King Institute of Preventive Medicine Micro-Biological Section reports 1909-11
Year: 1909
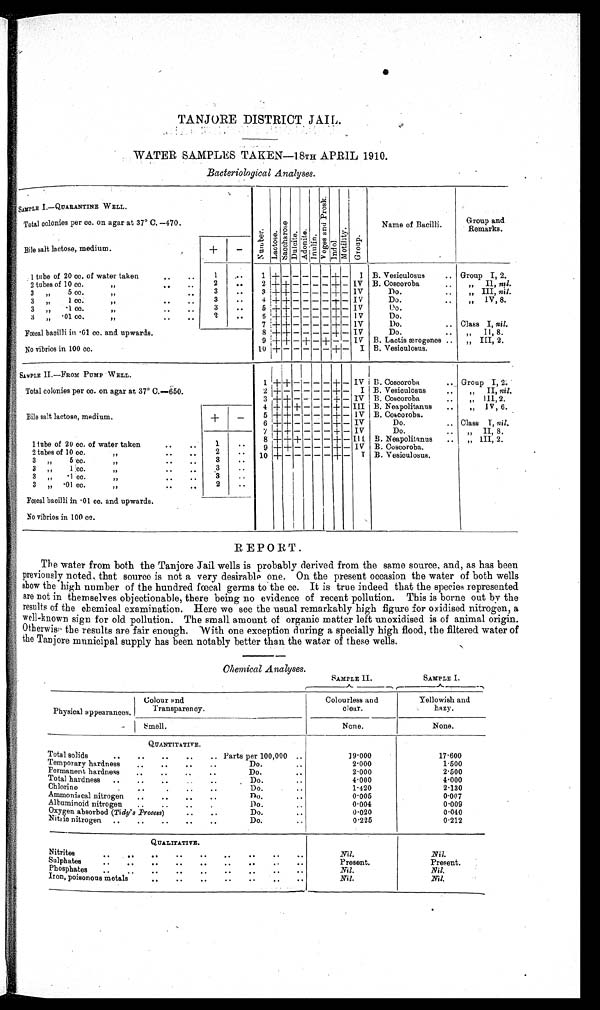
TANJORE DISTRICT JAIL.
WATER SAMPLES TAKEN—18TH APRIL 1910.
Bacteriolo gical Analyses.
SAMPLE I . —QUARANTI NE WELL.
Total colonies per co. on agar at 37° C. —470.
Bile salt lactose, medium.
Nu mb e r Lact ose.
S a c c h a r o s e
Dul ci t e.
Adoni l e .
I nul i n.
V o g e s a n d P r o s k .
Indol.
Mot i l i t y Gr oup.
Name of Bacilli.
Group and
Remarks.
+
–
1 tube of 20 cc. of water taken
1
..
1 +
+ –
I B. Vesioulosus
.. Group I, 2.
2 tubes of 10 cc. "
2
. .
2 + + - - - - + - IV B. Coscoroba
..
,, II nil
3 "
5 cc.c "
3
..
3 + + - - - - + - IV
Do.
..
III,
„
nil.
3 „
1 cc.
"
3
..
4 + + - - - - + - IV V
Do.
" IV, 8 .
3 ,,
" .1 cc. "
..
..
3
..
5 + + - - - - + - IV
D o .
3
" .01 cc. "
2
. .
5 +
+ - - IV
Do.
Fœcal bacilli in .01 cc. and upwards.
No vibrios in 100 cc.
7 + + - - - - + - 1V
Do.
.. Class I, nil.
8
++ - - - - + — IV
Do.
..
„ II, 8.
9 + + - + - + - - IV
B. Lactis ærogenes .. „ III, 2.
10 +
+ - I B. Vesioulosus.
SAMPLE II.—FROM PUMP WELL.
Total colonies per cc. on agar at 37° C.—650.
1 + -
- - + - IV
B. Cosooroba . .. Group I, 2
2 +
+ - I B. Vesiculosus
..
„ H, nil.
3 + + - - - + - IV B. Coscoroba
..
„ III, 2.
Bile salt lactose, medium.
+
-
4 +
+ - - + - III B. Neapolitanus
..
„ I V , 6.
5 + + - - - - + - IV B. Coscoroba.
6 ++ - - - - + - IV
Do.
.. Class T, nil.
1 tube of 20 cc. of water taken
. . . .
1
7 + + - - - - + - IV
Do.
..
„ II, 8.
8 + + + - - - + - IlI B. Neapolitanus
..
„ III, 2.
9 + + - - - - IV B. Coscoroba.
2 tubes of 10 cc.
"
. . . .
2
10 + -
- - - - I B. Vesiculosus.
3 ,, 5a u .
) )
3
3
1 :co
..
. . . .
.
" 3 " . 1 c c . "
..
..
3
..
3 „ .01 cc. "
-
..
2
..
Fœcal bacilli in .01 cc. and upwards.
No vibrios in 100 cc.
REPORT .
The water from both the Tanjore Jail wells is probably derived from the same source, and, as has been
previously noted, that source is not a very desirable one. On the present occasion the water of both wells
show the high number of the hundred fœcal germs to the cc. It is true indeed that the species represented
are not in themselves objectionable, there being no evidence of recent pollution. This is borne out by the
results of the chemical examination. Here we see the usual remarkably high figure for oxidised nitrogen, a
well-known sign for old pollution. The small amount of organic matter left unoxidised is of animal origin.
Otherwise the results are fair enough. With one exception during a specially high flood, the filtered water of
the Tanjore municipal supply has been notably better than the water of these wells.
Chemical Analyses.
SAMPLE II .
SAMPLE I.
Physical appearances.
Colour and
Transparency.
Colourless and
clear.
Yellowish and
hazy .
S m e l l .
None.
None.
QUANTITATIVE.
Total solids
..
..
..
..
.. Parts per 100,000 ..
19.000
17.600
Temporary hardness
..
..
..
..
Do.
..
2.000
1 500
Permanent, hardness
..
..
...
.
Do.
. .
.
2 000
2. 500
Total hardness
..
...... .
Do.
4.000
4.000
Chlorine.
..
. . ..
.
Do.
. .
1.420
2.130
Ammoniacal nitrogen
..
..
..
-
.
o
.
n
..
0 0 0 5
0 007
Albuminoid nitrogen
..
..
..
.
Do...
0.004
0.009
Oxygen absorbed ( Tidy's Process) ..
. .
Do.
..
0.010
Nitric nitrogen ..
. . .. .. ..
Do.
. .
0.225
0.212
QUALITATIVE.
Nitrites
.
..
.. .. ..
..
..
..
..
NU .
Nil Nil.
Sulphates
..
..
.. .. ..
..
..
..
..
Present.
Present Present.
Phosphates
..
. .
. . "
.."
..
. .
Nil.
Nil
Iron, poisonous metals
. . .. ..
. . . . .. ..
Nil.
Nil.